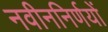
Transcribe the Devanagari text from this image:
नवीननिर्णयों